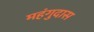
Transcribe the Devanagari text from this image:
महंगुदास